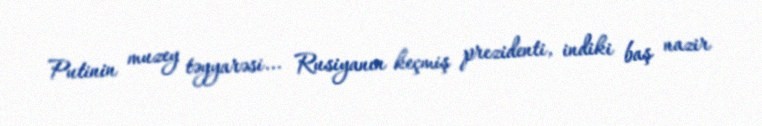
Putinin muzey təyyarəsi... Rusiyanın keçmiş prezidenti, indiki baş nazir